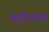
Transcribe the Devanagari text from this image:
बाईननांक